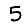
Digit: 5